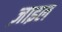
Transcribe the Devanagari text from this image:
ज़ाइल